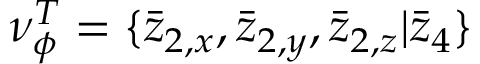
\nu _ { \phi } ^ { T } = \{ \bar { z } _ { 2 , x } , \bar { z } _ { 2 , y } , \bar { z } _ { 2 , z } | \bar { z } _ { 4 } \}